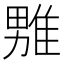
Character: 𪟦